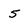
Character: 5